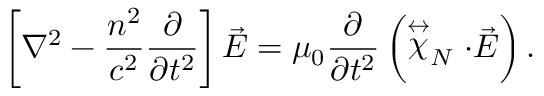
\left[ \nabla ^ { 2 } - \frac { n ^ { 2 } } { c ^ { 2 } } \frac { \partial } { \partial t ^ { 2 } } \right] \vec { E } = \mu _ { 0 } \frac { \partial } { \partial t ^ { 2 } } \left( \stackrel { \leftrightarrow } { \chi } _ { \tiny N } \cdot \vec { E } \right) .